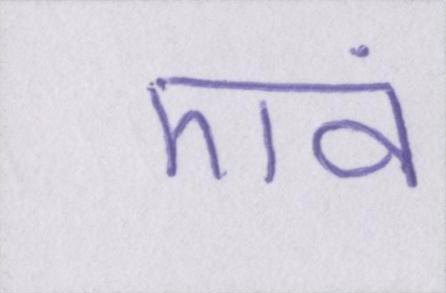
एवं